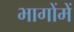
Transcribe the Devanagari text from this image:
भागोंमें